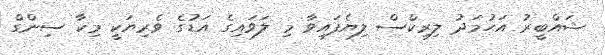
ޝައްބީރު އަހުމަދު ލިރިކްސް ލިޔެފައިވާ މި ލަވައިގެ އަޑުގެ ވެރިޔަކީ މިކާ ސިންގް